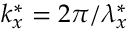
k _ { x } ^ { \ast } = 2 \pi / \lambda _ { x } ^ { \ast }